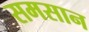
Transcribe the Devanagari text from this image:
समसान